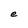
Character: e